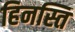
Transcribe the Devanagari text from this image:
हिनस्ति